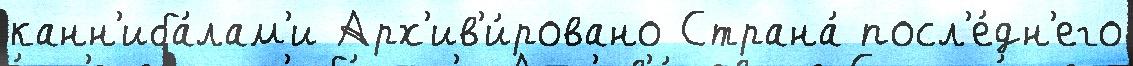
канн'иба́лам'и Арх'ив'и́ровано Страна́ посл'е́дн'его